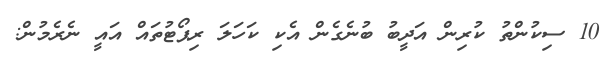
10 ސިކުންތު ކުރިން އަދީބު ބުނެގެން އެކި ކަހަލަ ރިޕޯޓުތައް އައީ ނެރެމުން: